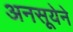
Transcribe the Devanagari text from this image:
अनसूयेने